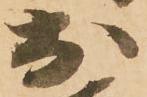
於